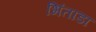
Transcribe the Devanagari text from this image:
भिंताडा